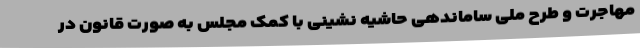
مهاجرت و طرح ملی ساماندهی حاشیه نشینی با کمک مجلس به صورت قانون در